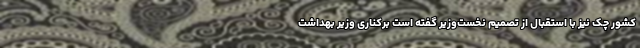
کشور چک نیز با استقبال از تصمیم نخست‌وزیر گفته است برکناری وزیر بهداشت